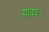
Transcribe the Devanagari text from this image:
यादव।